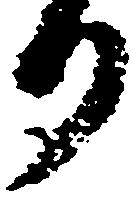
り